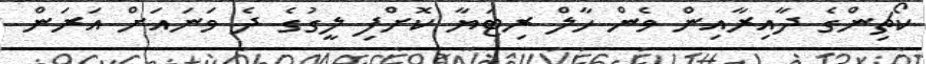
ކޯޗިންގެ ދާއިރާއިން ވެން ހާލް ރިޓަޔާ ކޮށްފި ލީގުގެ ދެ ވަނައަށް އަރަން